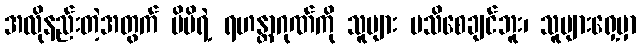
အလိုနည်းတဲ့အတွက် မိမိရဲ့ ရဟန္တာဂုဏ်ကို သူများ မသိစေချင်ဘူး၊ သူများရှေ့မှာ